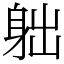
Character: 䠳